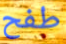
طفح